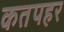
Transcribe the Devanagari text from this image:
कतपहर